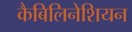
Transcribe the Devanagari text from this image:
कैबिलिनेशियन